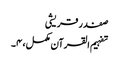
صفدر قریشی
تفہیم القرآن مکمل، ۴۔